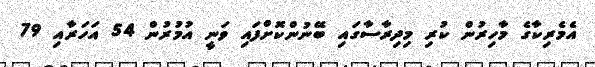
އެމެރިކާގެ މާހިރުން ކުރި މިދިރާސާގައި ބޭނުންކޮށްފައި ވަނީ އުމުރުން 54 އަހަރާއި 79